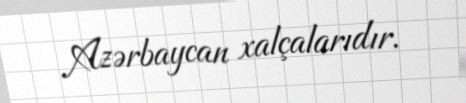
Azərbaycan xalçalarıdır.